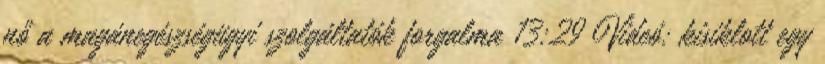
nő a magánegészségügyi szolgáltatók forgalma 13:29 Videó: kisiklott egy